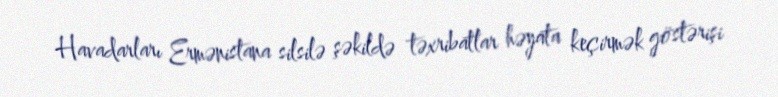
Havadarları Ermənistana silsilə şəkildə təxribatlar həyata keçirmək göstərişi